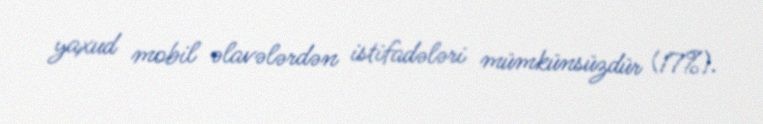
yaxud mobil əlavələrdən istifadələri mümkünsüzdür (17%).